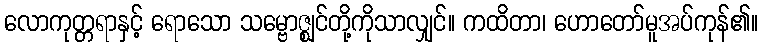
လောကုတ္တရာနှင့် ရောသော သမ္ဗောဇ္ဈင်တို့ကိုသာလျှင်။ ကထိတာ၊ ဟောတော်မူအပ်ကုန်၏။